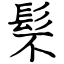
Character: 䯱